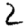
Digit: 2